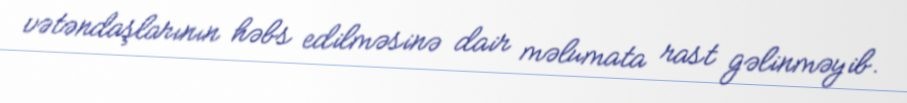
vətəndaşlarının həbs edilməsinə dair məlumata rast gəlinməyib.